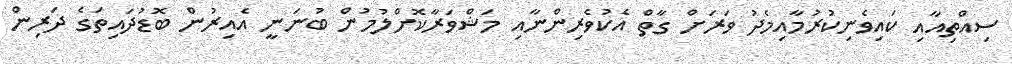
ސިއްތިއާއި ކައިވެނިކުރުމާއިމެދު ވަރަށް ގާތް އެކުވެރިންނާއި މަޝްވަރާކޮށްލުމުން ބުނަނީ އެއިރުން ބޮޑުދައިތަގެ ދަރިން